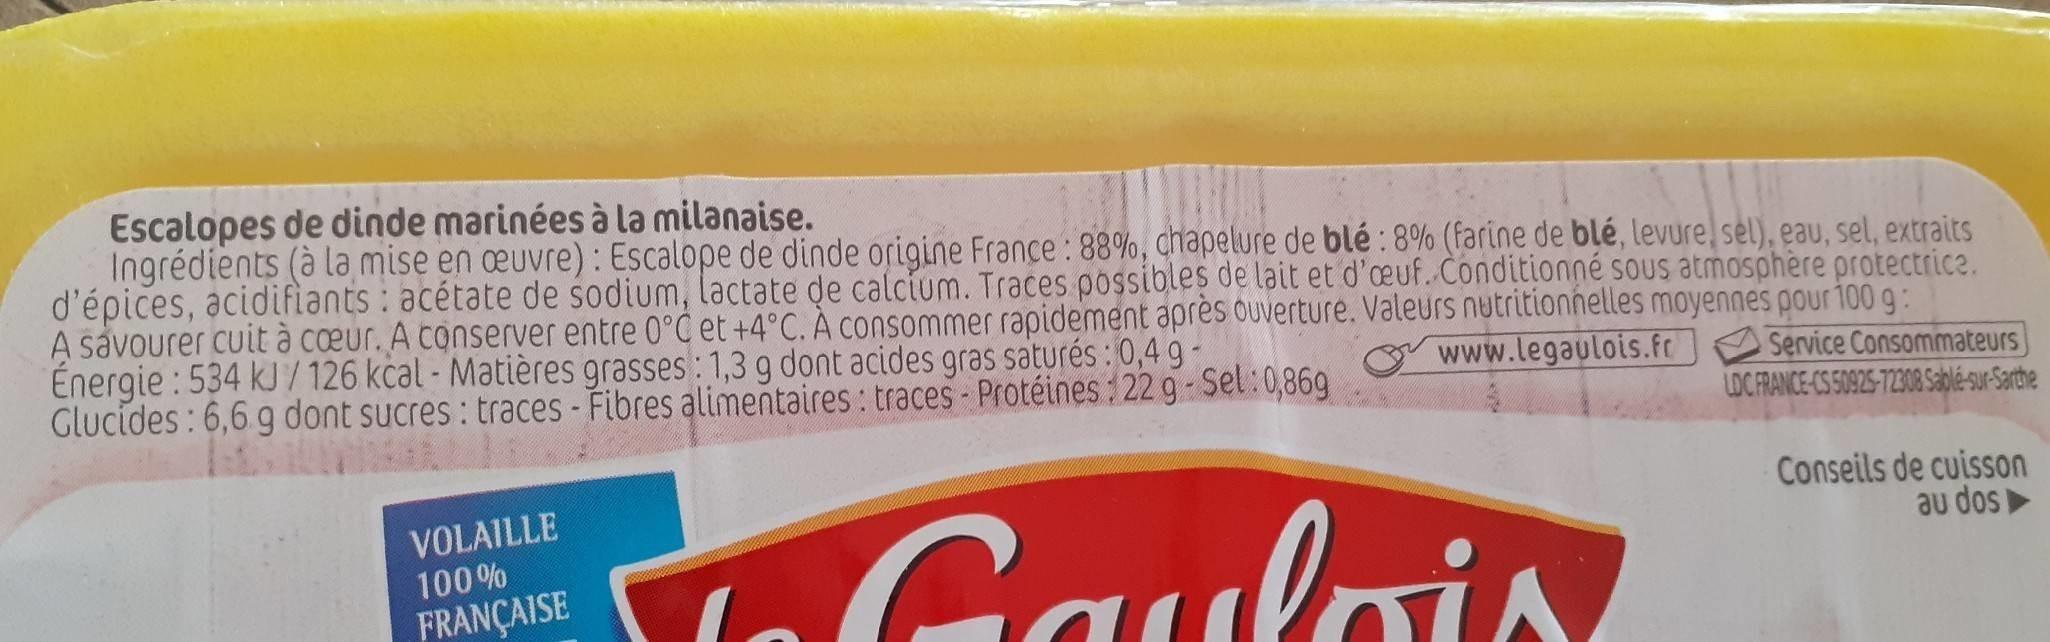
Escalopes de dinde marinées à la milanaise. Ingrédients (à la mise en œuvre) : Escalope de dinde origine France: 88%, chapelure de blé : 8% (farine de blé, levure sel), eau, sel, extraits d'épices, acidifiants : acétate de sodium, lactate de calcium. Traces possibles de lait et d'euf. Conditionné sous atmosphère protectrice. A savourer cuit à cœur. A conserver entre 0°C et +4°C. À consommer rapidement après ouverture. Valeurs nutritionnelles moyennes pour 100 g: Énergie : 534 kJ / 126 kčal - Matières grasses: 1,3 g dont acides gras saturés : 0,4 g - Glucides: 6,6 g dont sucres : traces -Fibres alimentaires: traces- Protéines:22 g-Sel:0,869
www.legaulois.fr
Service Consommateurs LOC FRANCE-CS 50925-72308 Sablé-sur-Sarthe
VOLAILLE 100%
Ga
lois
Conseils de cuisson au dos
FRANÇAISE